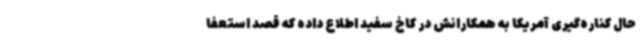
حال کناره‌گیری آمریکا به همکارانش در کاخ سفید اطلاع داده که قصد استعفا